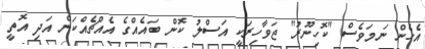
އެހެން ނަމަވެސް "ކޮހިނޫރު" ޖަވާހިރަކީ އަސްލު ކޮން ބައެއްގެ އެއްޗެއްކަން އަދި އޮތީ